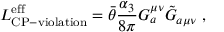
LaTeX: { \cal { L } } _ { \mathrm { C P - v i o l a t i o n } } ^ { \mathrm { e f f } } = \bar { \theta } \frac { \alpha _ { 3 } } { 8 \pi } G _ { a } ^ { \mu \nu } \tilde { G } _ { a \mu \nu } ~ ,